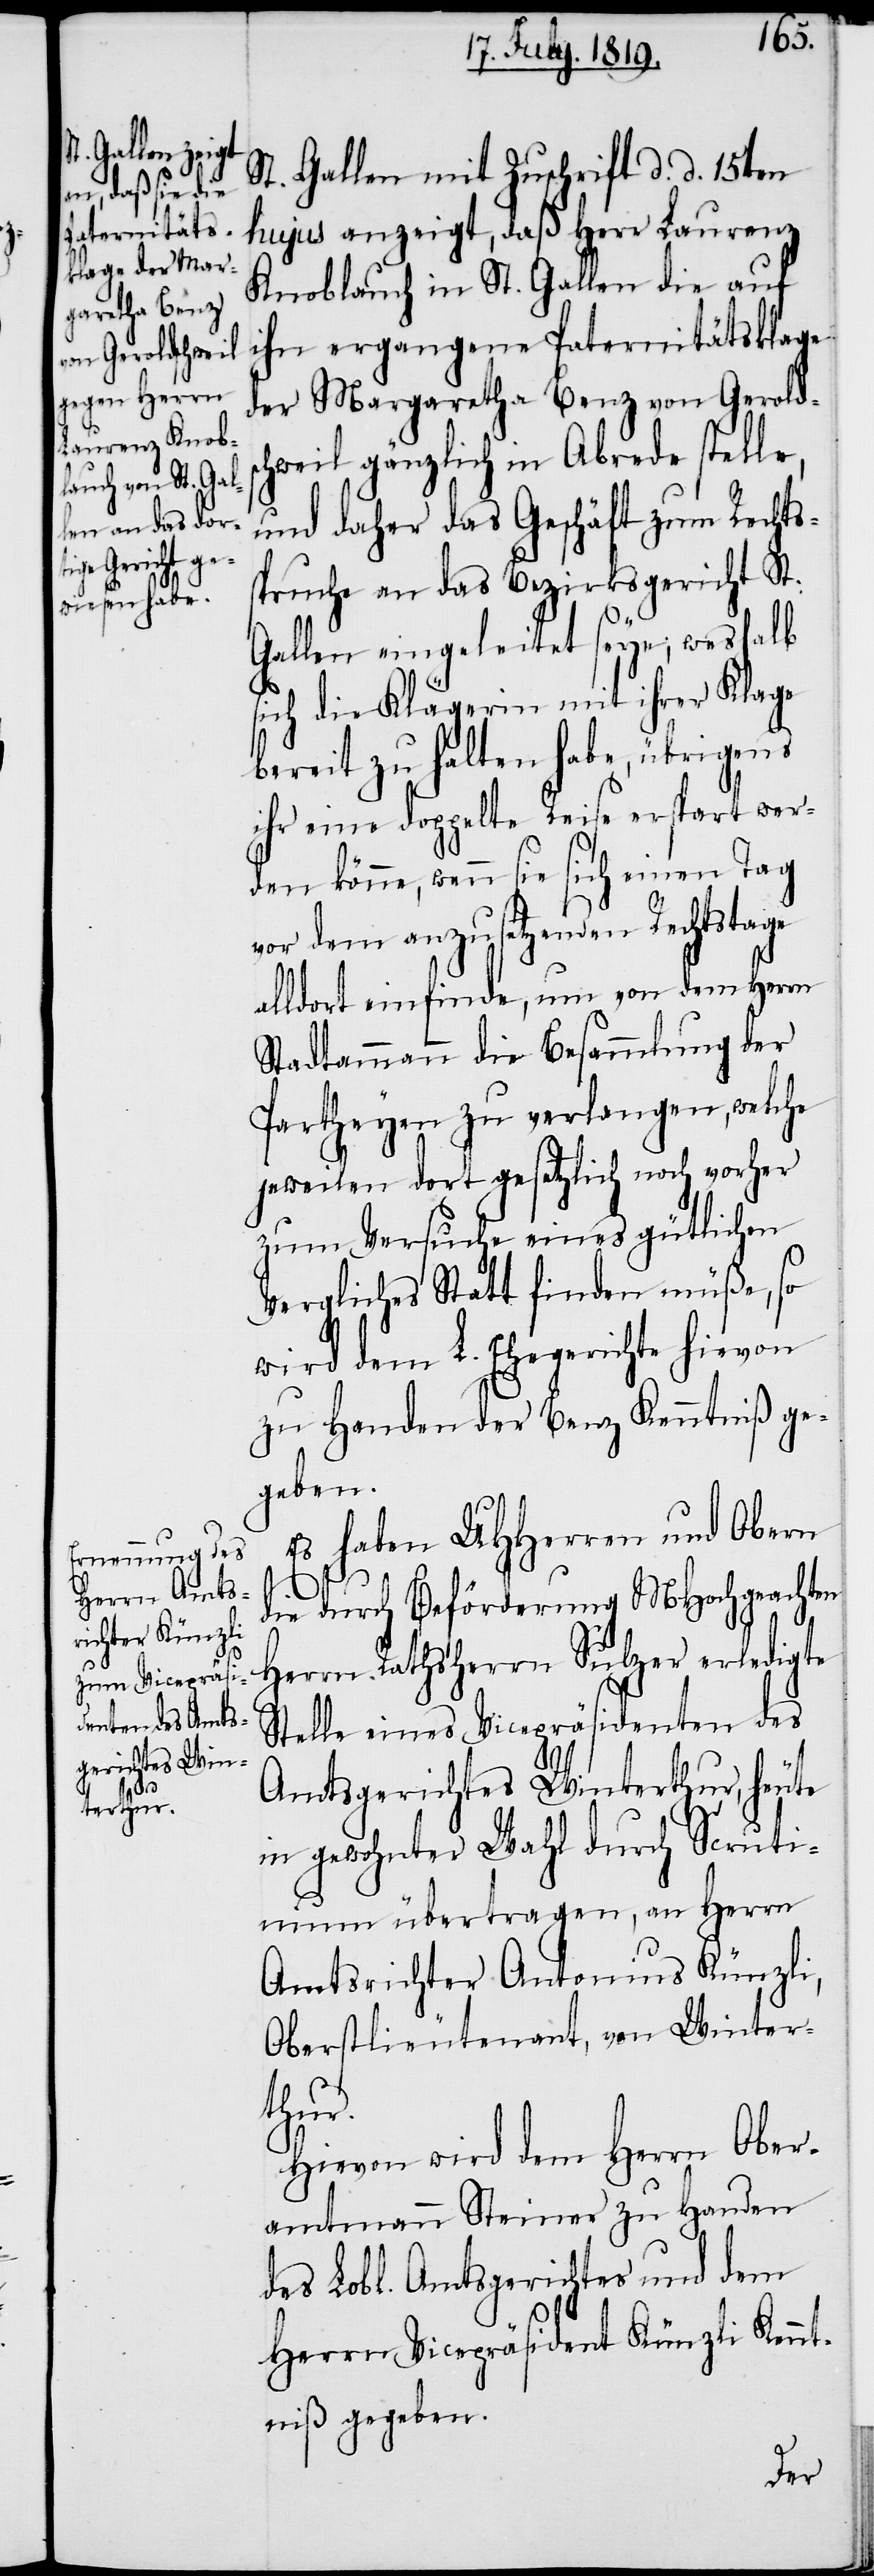
St. Gallen mit Zuschrift d. d. 15ten
hujus anzeigt, daß Herr Laurenz
Knoblauch in St. Gallen die auf
ihn ergangene Paternitätsklage
der Margaretha Benz von Gerolds¬
chweil gänzlich in Abrede stelle,
und daher das Geschäft zum Rechts¬
spruche an das Bezirksgericht St.
Gallen eingeleitet seye, weshalb
sich die Klägerin mit ihrer Klage
bereit zu halten habe, übrigens
ihr eine doppelte Reise erspart wer¬
den könne, wenn sie sich einen Tag
vor dem anzusetzenden Rechtstage
alldort einfinde, um von dem Herrn
Stadtammann die Besammlung der
Partheyen zu verlangen, welche
jeweilen dort gesetzlich noch vorher
zum Versuche eines gütlichen
Vergliches Statt finden müße, so
wird dem L. Ehegerichte hievon
zu Handen der Benz Kenntniß ge¬
geben.
Es haben UHHerren und Obern
die durch Beförderung MHochgeachten
Herrn Rathsherrn Sulzer erledigte
Stelle eines Vicepräsidenten des
Amtsgerichtes Winterthur, heute
in gewohnter Wahl durch Scruti¬
num übertragen, an Herrn
Amtsrichter Antonius Künzli,
Oberstlieutenant, von Winter¬
thur.
Hievon wird dem Herrn Ober¬
amtmann Steiner zu Handen
des Lobl. Amtsgerichtes und dem
Herrn Vicepräsident Künzli Kennt¬
niß gegeben.